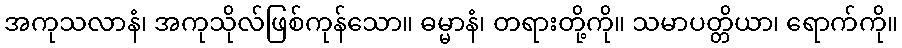
အကုသလာနံ၊ အကုသိုလ်ဖြစ်ကုန်သော။ ဓမ္မာနံ၊ တရားတို့ကို။ သမာပတ္တိယာ၊ ရောက်ကို။